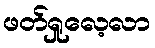
ဖတ်ရှုလေ့လာ